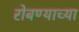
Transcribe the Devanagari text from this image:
रोबण्याच्या